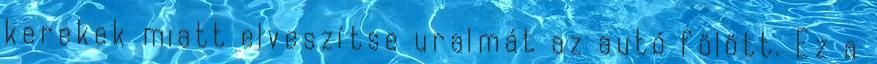
kerekek miatt elveszítse uralmát az autó fölött. Ez a